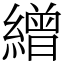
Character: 繒